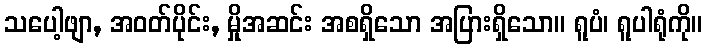
သပေါ့ဖျာ, အဝတ်ပိုင်း, မှိုအဆင်း အစရှိသော အပြားရှိသော။ ရူပံ၊ ရူပါရုံကို။